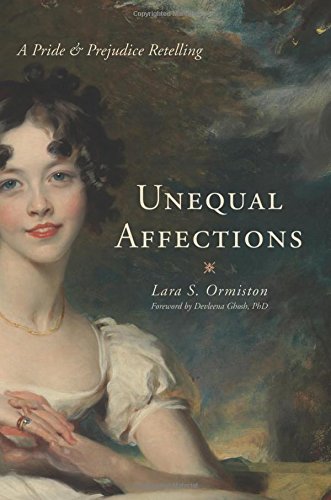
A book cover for Unequal Affections: A Pride and Prejudice Retelling; Lara S. Ormiston; Literature & Fiction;